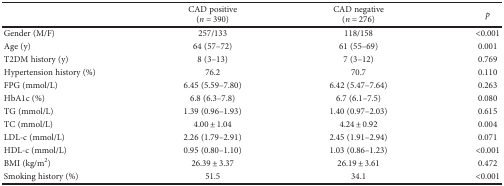
<table><thead><tr><td></td><td><b>CAD positive</b></td><td><b>CAD negative</b></td><td rowspan="2"><b><i>p</i></b></td></tr><tr><td></td><td><b>(<i>n</i> = 390)</b></td><td><b>(<i>n</i> = 276)</b></td></tr></thead><tbody><tr><td>Gender (M/F)</td><td>257/133</td><td>118/158</td><td>&lt;0.001</td></tr><tr><td>Age (y)</td><td>64 (57–72)</td><td>61 (55–69)</td><td>0.001</td></tr><tr><td>T2DM history (y)</td><td>8 (3–13)</td><td>7 (3–12)</td><td>0.769</td></tr><tr><td>Hypertension history (%)</td><td>76.2</td><td>70.7</td><td>0.110</td></tr><tr><td>FPG (mmol/L)</td><td>6.45 (5.59–7.80)</td><td>6.42 (5.47–7.64)</td><td>0.263</td></tr><tr><td>HbA1c (%)</td><td>6.8 (6.3–7.8)</td><td>6.7 (6.1–7.5)</td><td>0.080</td></tr><tr><td>TG (mmol/L)</td><td>1.39 (0.96–1.93)</td><td>1.40 (0.97–2.03)</td><td>0.615</td></tr><tr><td>TC (mmol/L)</td><td>4.00 ± 1.04</td><td>4.24 ± 0.92</td><td>0.004</td></tr><tr><td>LDL-c (mmol/L)</td><td>2.26 (1.79–2.91)</td><td>2.45 (1.91–2.94)</td><td>0.071</td></tr><tr><td>HDL-c (mmol/L)</td><td>0.95 (0.80–1.10)</td><td>1.03 (0.86–1.23)</td><td>&lt;0.001</td></tr><tr><td>BMI (kg/m<sup>2</sup>)</td><td>26.39 ± 3.37</td><td>26.19 ± 3.61</td><td>0.472</td></tr><tr><td>Smoking history (%)</td><td>51.5</td><td>34.1</td><td>&lt;0.001</td></tr></tbody></table>